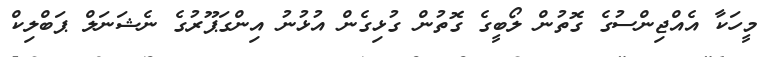
މީހަކާ އެއްޖިންސުގެ ގޮތުން ލޯބީގެ ގޮތުން ގުޅިގެން އުޅުނު އިންގަޕޫރުގެ ނެޝަނަލް ޕަބްލިކް